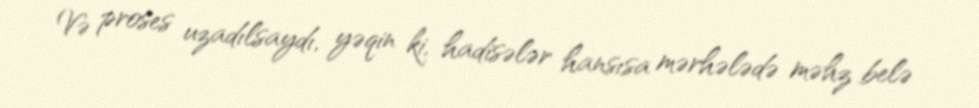
Və proses uzadılsaydı, yəqin ki, hadisələr hansısa mərhələdə məhz belə